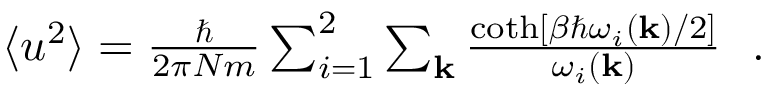
\begin{array} { r } { \langle u ^ { 2 } \rangle = \frac { \hbar } { 2 \pi N m } \sum _ { i = 1 } ^ { 2 } \sum _ { \bf k } \frac { \coth [ \beta \hbar \omega _ { i } ( { \bf k } ) / 2 ] } { \omega _ { i } ( { \bf k } ) } ~ ~ . } \end{array}